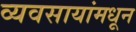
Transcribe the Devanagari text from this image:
व्यवसायांमधून